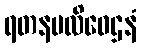
ရတနပလိဝေဌနံ